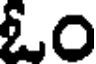
ఓం